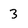
Character: 3